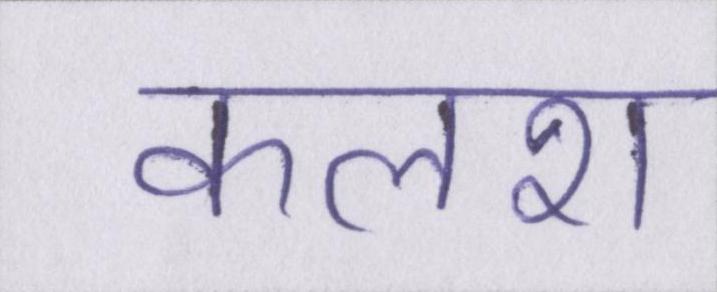
कलश